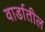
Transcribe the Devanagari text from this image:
वार्डातील